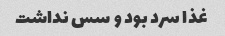
غذا سرد بود و سس نداشت